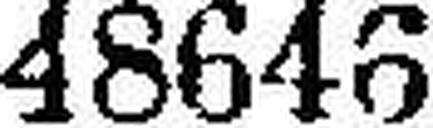
48646